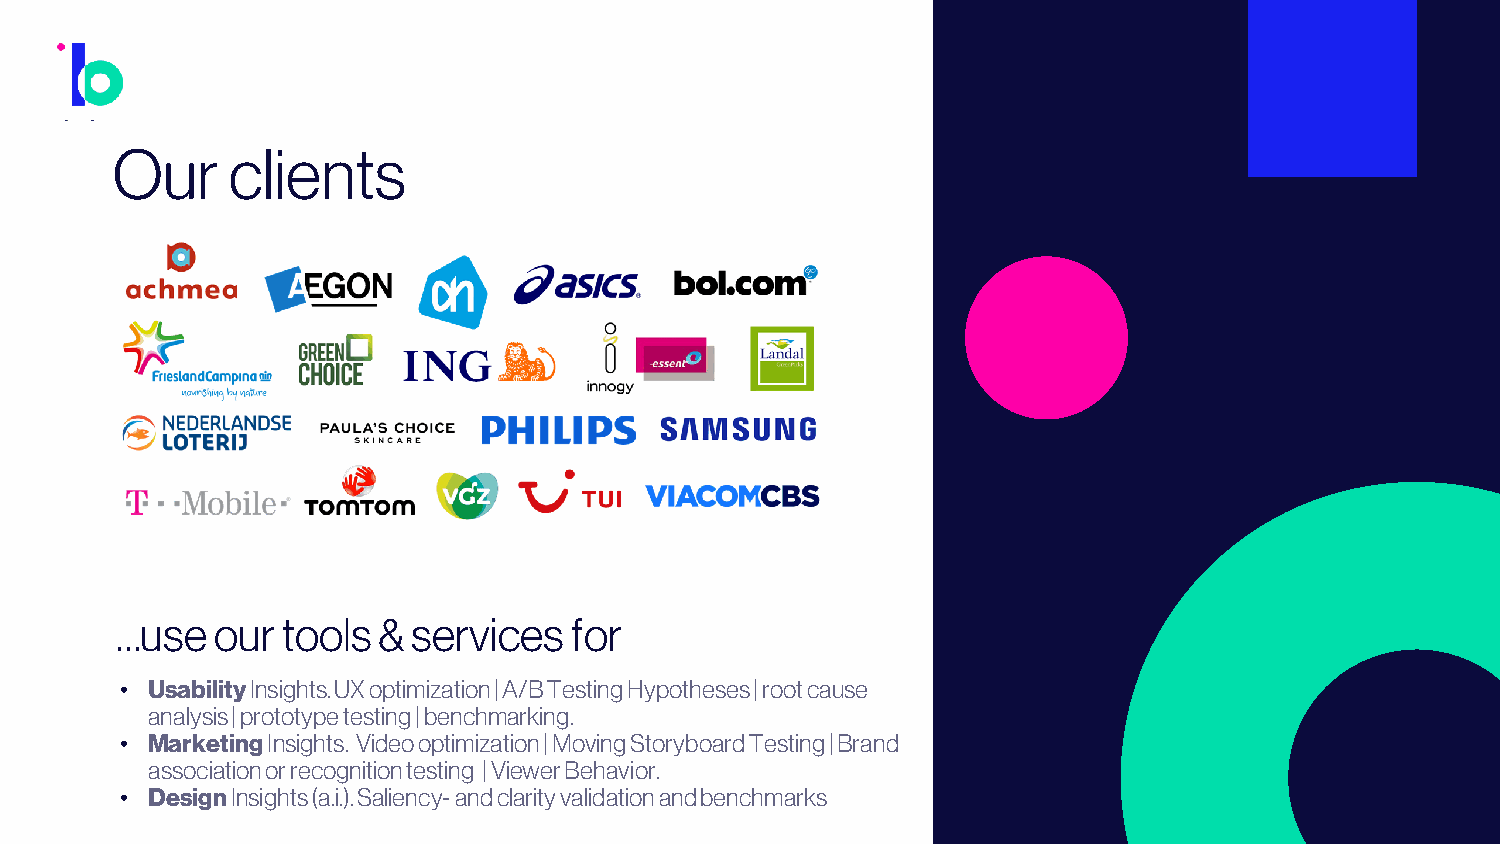
Our     clients
 …use  our  tools & services   for
 • UsabilityInsights. UX optimization | A/B Testing Hypotheses | root cause
 analysis | prototype testing | benchmarking.
 • MarketingInsights. Video optimization | Moving Storyboard Testing | Brand
 association or recognition testing | Viewer Behavior.
 • DesignInsights (a.i.). Saliency-and clarity validation and benchmarks